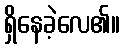
ရှိနေခဲ့လေ၏။